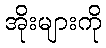
အိုးများကို